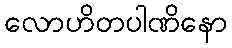
လောဟိတပါဏိနော